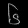
Digit: ၆